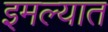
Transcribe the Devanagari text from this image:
इमल्यात